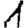
Digit: 1